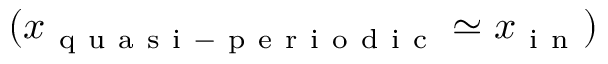
( x _ { \mathrm { ~ q ~ u ~ a ~ s ~ i ~ - ~ p ~ e ~ r ~ i ~ o ~ d ~ i ~ c ~ } } \simeq x _ { \mathrm { ~ i ~ n ~ } } )